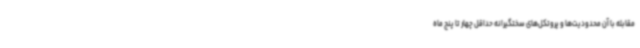
مقابله با آن محدودیت‌ها و پروتکل‌های سختگیرانه حداقل چهار تا پنج ماه